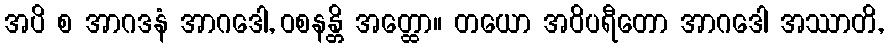
အပိ စ အာဂဒနံ အာဂဒေါ, ဝစနန္တိ အတ္ထော။ တယော အဝိပရီတော အာဂဒေါ အဿာတိ,